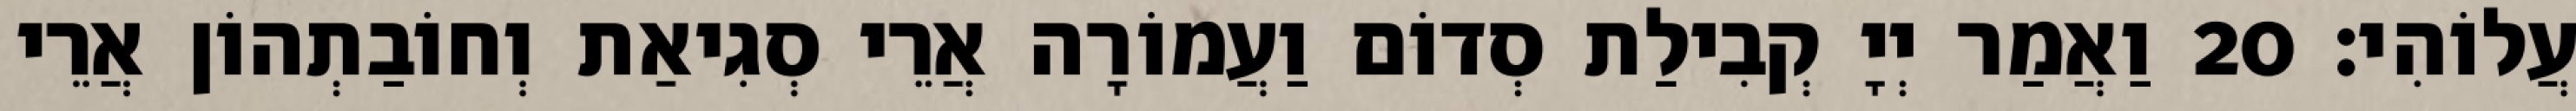
עֲלוֹהִי׃ 20 וַאֲמַר יְיָ קְבִילַת סְדוֹם וַעֲמוֹרָה אֲרֵי סְגִיאַת וְחוֹבַתְהוֹן אֲרֵי